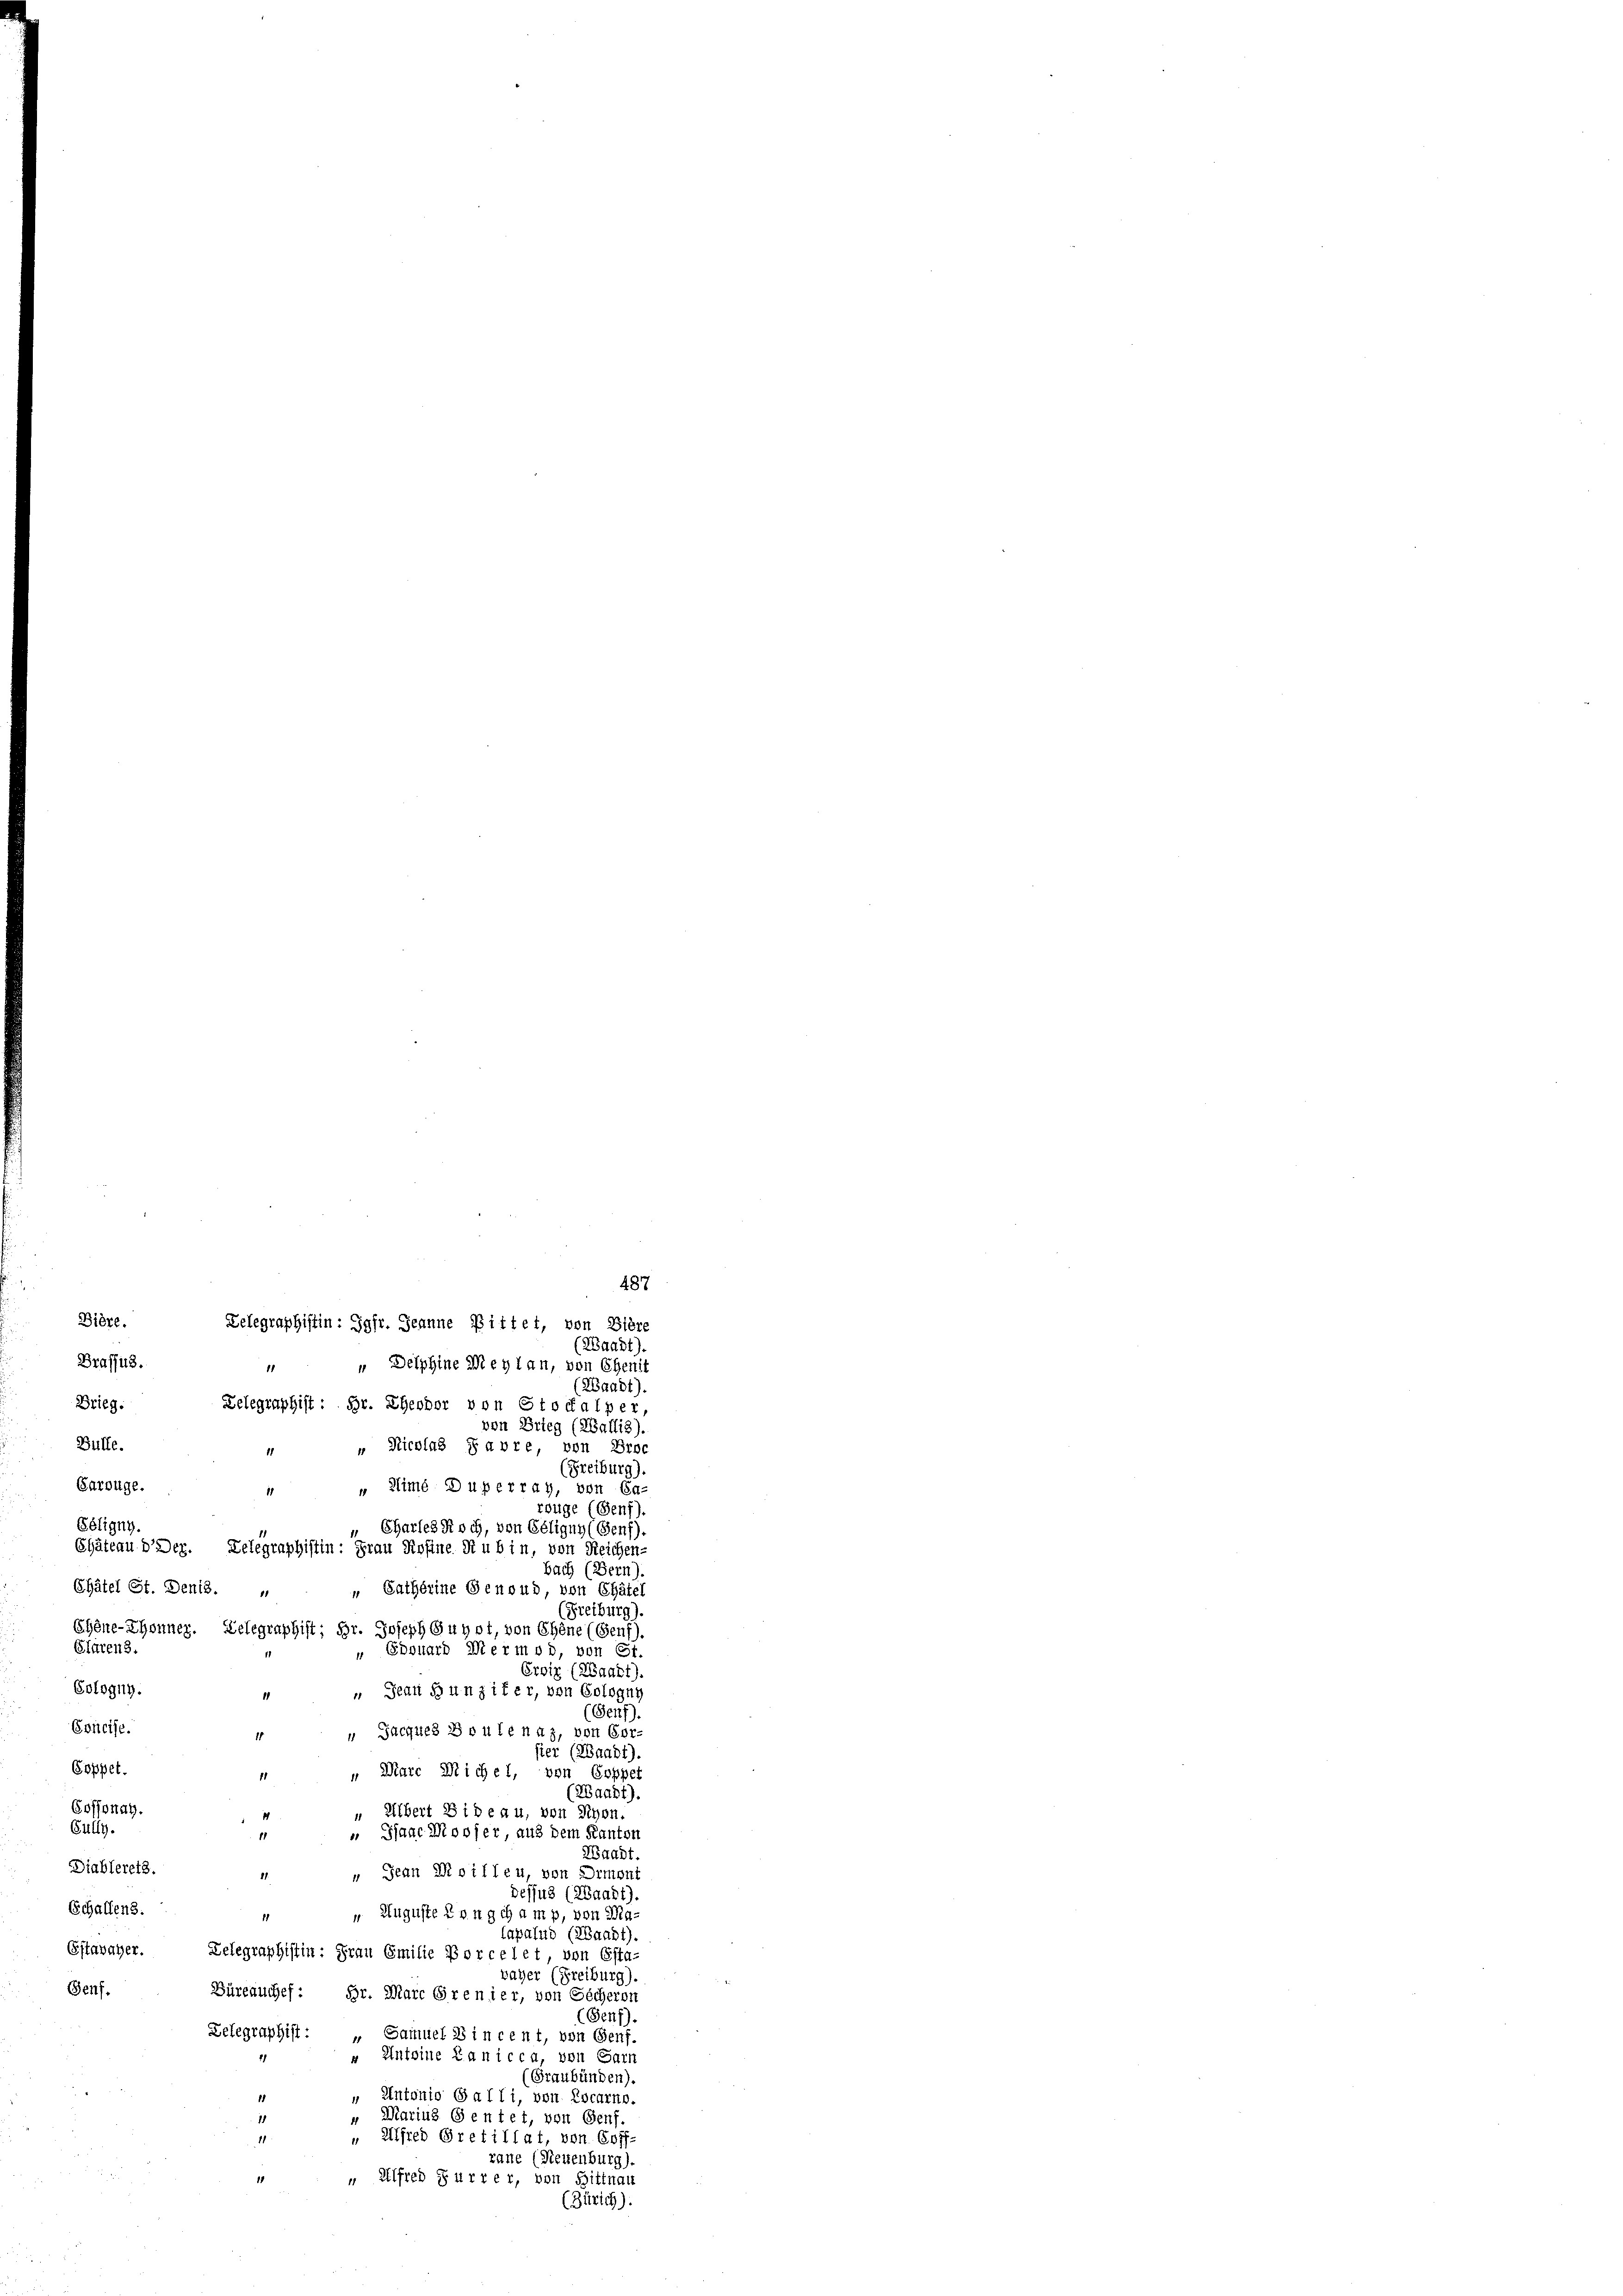
Dière.
Zelegraphiftin: Jgfr. Jeanne Bittet, von Biere
(Waadt).
Prafsus.
 „ Delphine Meyl an, von Ehenit
(Waadt).
Brieg.
Delegraphist: Hr. Eheodor von Stodalper,
von Brieg (Wallis).
Bülle.
 Nicolas Favre, von Broc
1
(Freiburg).
Carouge.
 Kimé Dupetrag, von Carouge (Genf)
Ebligny
Chartes Koch, von Géligny (Genf).
Chäteau dDer. Telegraphistin: Frau Rosine. Si u bin, von Reichen-
bach (Bern).
Châtel Ct. Denis. " " Catherine Genoud von Chätel
(Freiburg).
Ehêne-Thonner. Telegraphist; Hr. Joseph Guyot, von Chene (Genf)
Glärens.
" Edouard Wermod, von St.
Eroix (Waadt).
Gologug.
 Jean Hunzifer, von Cologni
11
(Genf).
Esneise.
 Jacques Boulenaz, von Corhier (ZBaadt).
Goppet.
“ Marc Michel, von Coppet
1
(Waadt).
Cossonay.
" Albert Sideau, von Schon.
i
Gully.
 Sanc Mooser, aus dem Kantons
11
Waadt.
Diablereis.
 „ Jean Roillen, von Diment
dessus (Waadt).
Schaffens.
" Auguste Langhamp, von Maapalud (ZBaadt).
Estavayer. Delegraphistin: Frau Emilie Borcelet, von Esta-
vaher (Freiburg).
Genf.
Büreauchef: Hr. Marc Grenier, von Sicheren
(Genf).
Zelegraphist: „Samuel 8 in cent, von Genf.
" Antoine Lanicca, von Garn
(Graubünden).
" Antonio Galli, von Locarno.
“ Marius Sentet, von Genf.
18
11
" Alfred Grefillat, von Coff-
kane (Neuenburg)
 " Alfred Furrer, von Bittnau
(Zürich).

487